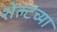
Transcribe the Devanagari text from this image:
शेल्टच्या